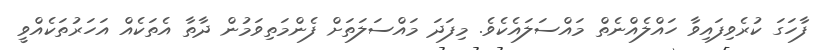
ފާހަގަ ކުރެވިފައިވާ ހައްލެއްނެތް މައްސަލައެކެވެ. މިފަދަ މައްސަލަތަށް ފެންމަތިވަމުން ދާތާ އެތަކެއް އަހަރުތަކެއްވީ